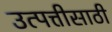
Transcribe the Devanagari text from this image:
उत्पत्तीसाठी